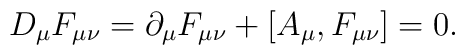
D_{\mu } F_{\mu \nu } = \partial_{\mu} F_{\mu \nu } + [A_{\mu },F_{\mu \nu}]= 0 .